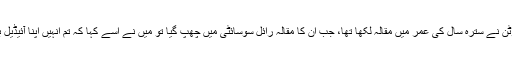
"نيوٹن نے سترہ سال کی عمر ميں مقالہ لکھا تھا، جب ان کا مقالہ رائل سوسائٹی میں چھپ گیا تو ميں نے اسے کہا کہ تم انہيں اپنا آئيڈيل بناؤ۔